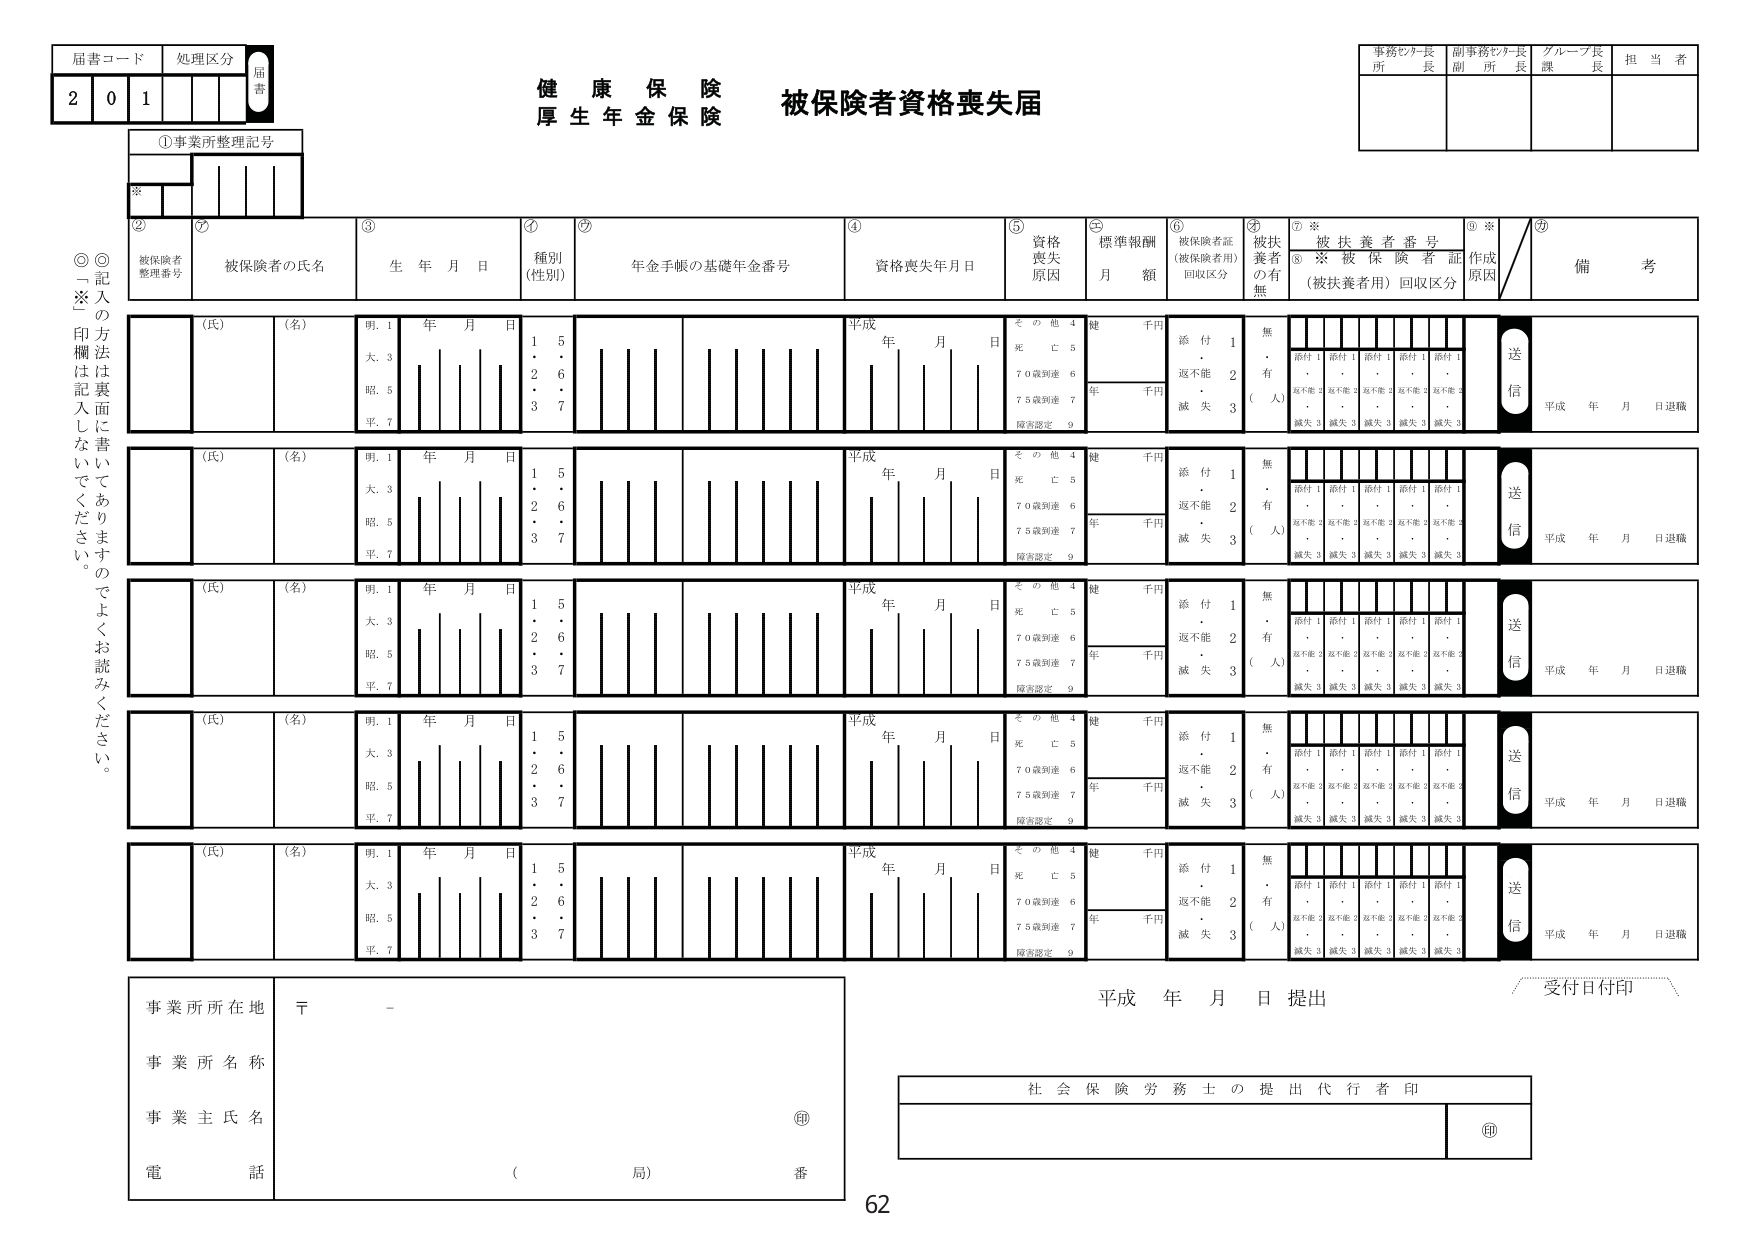
健康保険
厚生年金保険 被保険者資格喪失届

居害コード 2 0 1
処理区分
届書

①事業所整理記号
※

② 被保険者整理番号
③ 被保険者の氏名
④ 種別（性別）
⑤ 年金手帳の基礎年金番号
⑥ 資格喪失年月日
⑦ 資格喪失原因
⑧ 標準報酬 月額
⑨ 被保険者証（被保険者用）回収区分
⑩ 被扶養者の有無
⑪ 被扶養者番号
⑫ ※ 被保険者証（被扶養者用）回収区分
⑬ ※ 作成原因
⑭ 備考

（氏） （名）
明. 1
大. 3
昭. 5
平. 7
年 月 日
1 5
2 6
3 7

平成 年 月 日
その他 4
死亡 5
70歳到達 6
75歳到達 7
障害認定 9

健 千円
添付 1
返不能 2
滅失 3

無
・
有
（人）

添付 1 添付 1 添付 1 添付 1 添付 1
返不能 2 返不能 2 返不能 2 返不能 2 返不能 2
滅失 3 滅失 3 滅失 3 滅失 3 滅失 3

送信
平成 年 月 日退職

※記入の方法は裏面に書いてありますのでよくお読みください。

（氏） （名）
明. 1
大. 3
昭. 5
平. 7
年 月 日
1 5
2 6
3 7

平成 年 月 日
その他 4
死亡 5
70歳到達 6
75歳到達 7
障害認定 9

健 千円
添付 1
返不能 2
滅失 3

無
・
有
（人）

添付 1 添付 1 添付 1 添付 1 添付 1
返不能 2 返不能 2 返不能 2 返不能 2 返不能 2
滅失 3 滅失 3 滅失 3 滅失 3 滅失 3

送信
平成 年 月 日退職

（氏） （名）
明. 1
大. 3
昭. 5
平. 7
年 月 日
1 5
2 6
3 7

平成 年 月 日
その他 4
死亡 5
70歳到達 6
75歳到達 7
障害認定 9

健 千円
添付 1
返不能 2
滅失 3

無
・
有
（人）

添付 1 添付 1 添付 1 添付 1 添付 1
返不能 2 返不能 2 返不能 2 返不能 2 返不能 2
滅失 3 滅失 3 滅失 3 滅失 3 滅失 3

送信
平成 年 月 日退職

（氏） （名）
明. 1
大. 3
昭. 5
平. 7
年 月 日
1 5
2 6
3 7

平成 年 月 日
その他 4
死亡 5
70歳到達 6
75歳到達 7
障害認定 9

健 千円
添付 1
返不能 2
滅失 3

無
・
有
（人）

添付 1 添付 1 添付 1 添付 1 添付 1
返不能 2 返不能 2 返不能 2 返不能 2 返不能 2
滅失 3 滅失 3 滅失 3 滅失 3 滅失 3

送信
平成 年 月 日退職

（氏） （名）
明. 1
大. 3
昭. 5
平. 7
年 月 日
1 5
2 6
3 7

平成 年 月 日
その他 4
死亡 5
70歳到達 6
75歳到達 7
障害認定 9

健 千円
添付 1
返不能 2
滅失 3

無
・
有
（人）

添付 1 添付 1 添付 1 添付 1 添付 1
返不能 2 返不能 2 返不能 2 返不能 2 返不能 2
滅失 3 滅失 3 滅失 3 滅失 3 滅失 3

送信
平成 年 月 日退職

事業所所在地 〒 -
事業所名称
事業主氏名
電話 （ 局） 番

平成 年 月 日 提出

受付日付印

社会保険労務士の提出代行者印

62

事務センター長
所 長
副事務センター長
副 所 長
グループ長
課 長
担 当 者